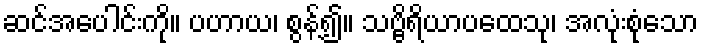
ဆင်အပေါင်းကို။ ပဟာယ၊ စွန့်၍။ သဗ္ဗိရိယာပထေသု၊ အလုံးစုံသော